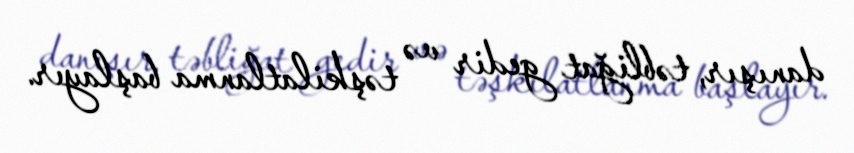
danışır, təbliğat gedir və təşkilatlanma başlayır.